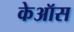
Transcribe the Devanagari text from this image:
केऑस